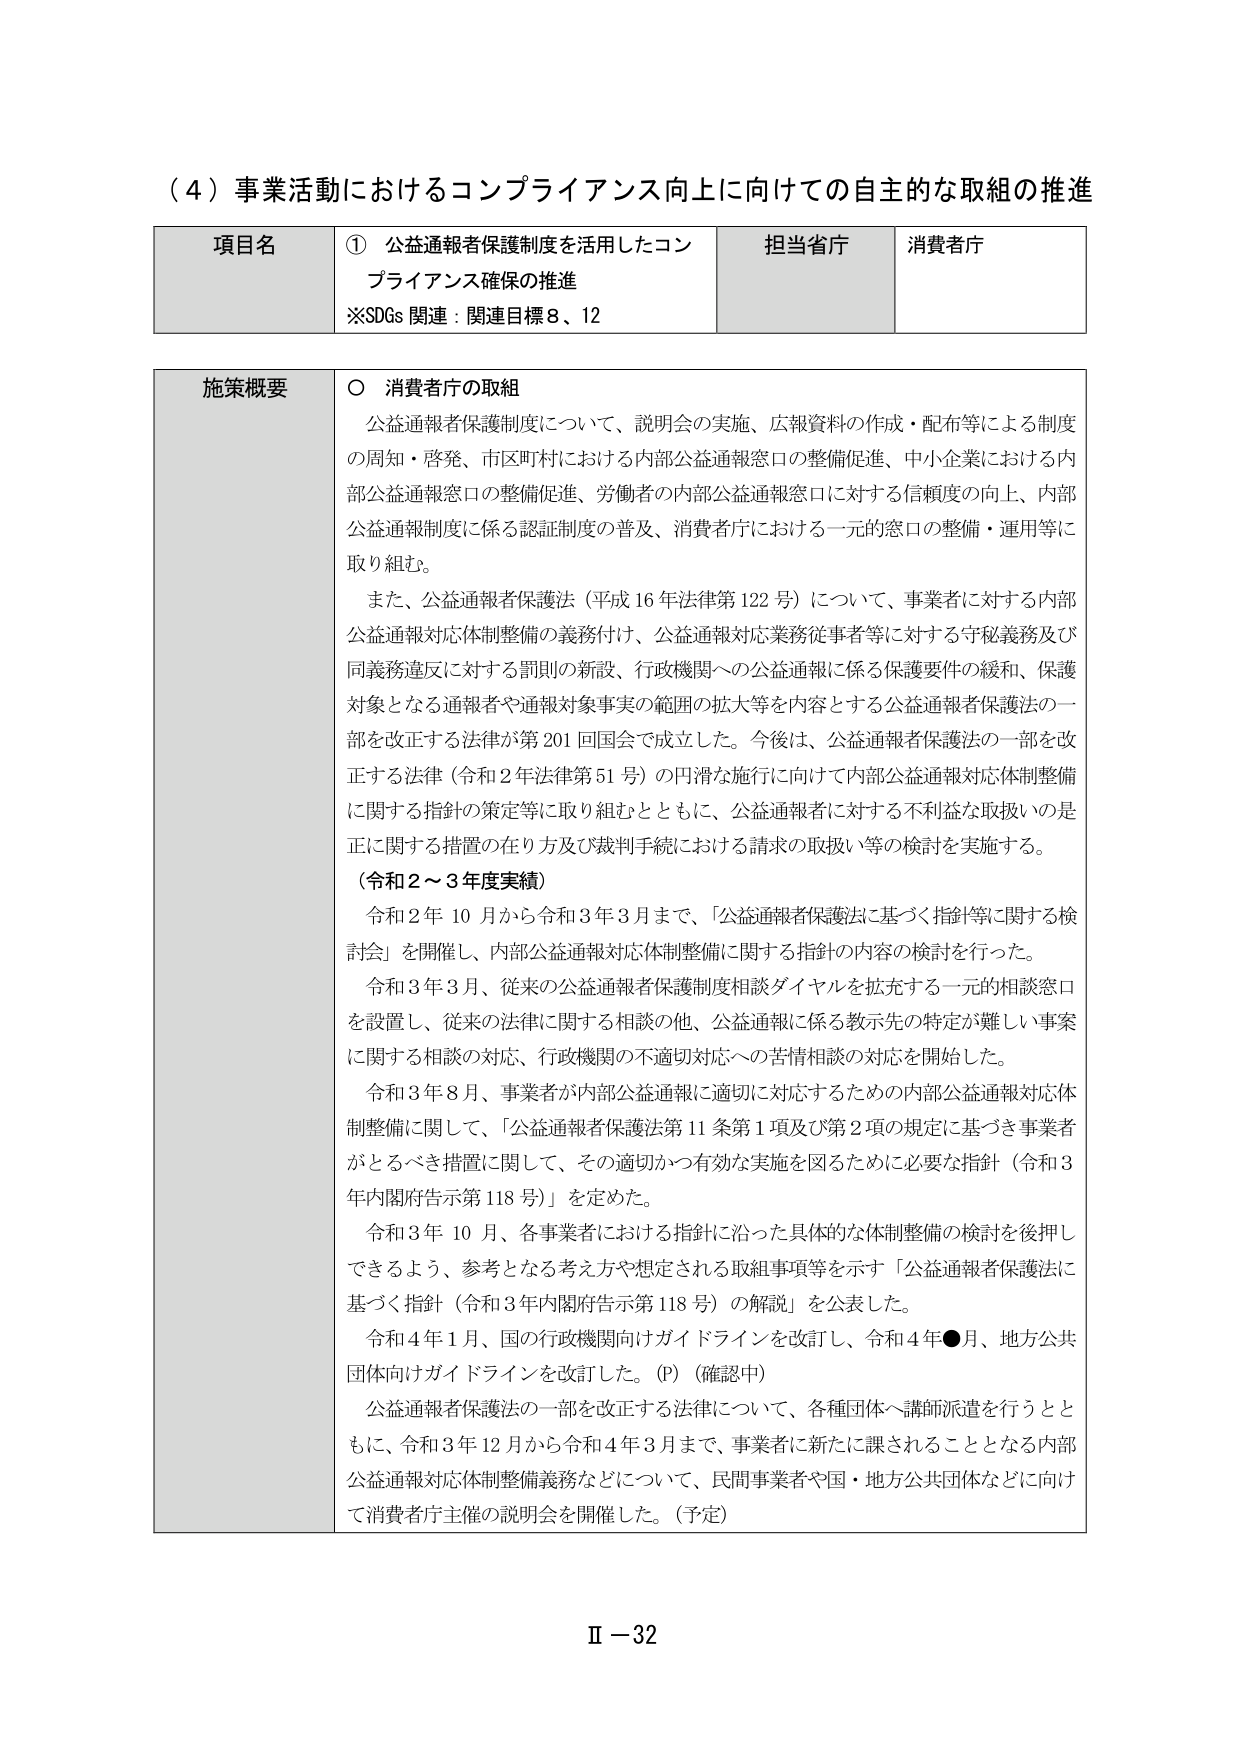
（４）事業活動におけるコンプライアンス向上に向けての自主的な取組の推進

項目名 ① 公益通報者保護制度を活用したコンプライアンス確保の推進
※SDGs 関連：関連目標８、12

担当省庁 消費者庁

施策概要 ○ 消費者庁の取組
公益通報者保護制度について、説明会の実施、広報資料の作成・配布等による制度の周知・啓発、市区町村における内部公益通報窓口の整備促進、中小企業における内部公益通報窓口の整備促進、労働者の内部公益通報窓口に対する信頼度の向上、内部公益通報制度に係る認証制度の普及、消費者庁における一元的窓口の整備・運用等に取り組む。

また、公益通報者保護法（平成16年法律第122号）について、事業者に対する内部公益通報対応体制整備の義務付け、公益通報対応業務従事者等に対する守秘義務及び同義務違反に対する罰則の新設、行政機関への公益通報に係る保護要件の緩和、保護対象となる通報者や通報対象事実の範囲の拡大等を内容とする公益通報者保護法の一部を改正する法律が第201回国会で成立した。今後は、公益通報者保護法の一部を改正する法律（令和2年法律第51号）の円滑な施行に向けて内部公益通報対応体制整備に関する指針の策定等に取り組むとともに、公益通報者に対する不利益な取扱いの是正に関する措置の在り方及び裁判手続における請求の取扱い等の検討を実施する。

（令和2～3年度実績）
令和2年10月から令和3年3月まで、「公益通報者保護法に基づく指針等に関する検討会」を開催し、内部公益通報対応体制整備に関する指針の内容の検討を行った。
令和3年3月、従来の公益通報者保護制度相談ダイヤルを拡充する一元的相談窓口を設置し、従来の法律に関する相談の他、公益通報に係る教示先の特定が難しい事案に関する相談の対応、行政機関の不適切対応への苦情相談の対応を開始した。
令和3年8月、事業者が内部公益通報に適切に対応するための内部公益通報対応体制整備に関して、「公益通報者保護法第11条第1項及び第2項の規定に基づき事業者がとるべき措置に関して、その適切かつ有効な実施を図るために必要な指針（令和3年内閣府告示第118号）」を定めた。
令和3年10月、各事業者における指針に沿った具体的な体制整備の検討を後押しできるよう、参考となる考え方や想定される取組事項等を示す「公益通報者保護法に基づく指針（令和3年内閣府告示第118号）の解説」を公表した。
令和4年1月、国の行政機関向けガイドラインを改訂し、令和4年●月、地方公共団体向けガイドラインを改訂した。（P）（確認中）
公益通報者保護法の一部を改正する法律について、各種団体・講師派遣を行うとともに、令和3年12月から令和4年3月まで、事業者に新たに課されることとなる内部公益通報対応体制整備義務などについて、民間事業者や国・地方公共団体などに向けて消費者庁主催の説明会を開催した。（予定）

Ⅱ－32